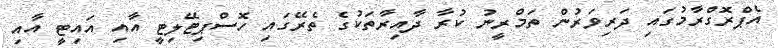
އެޕްރޮގްރާމުގައި ދަރިވަރުން ތަމްރީނު ކުރާ ދާއިރާތަކުގެ ތެރޭގައި ހޮސްޕިޓޭލިޓީ އާއި އައިޓީ އާއި